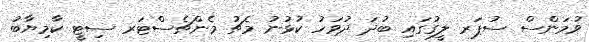
ވުމަންސް ސުޕަރ ލީގުގައި ބުދަ ދުވަހު ކުޅުނު މެޗު މެންޗެސްޓަރ ސިޓީ ކާމިޔާބު